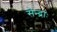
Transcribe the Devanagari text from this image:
सेन्द्राः